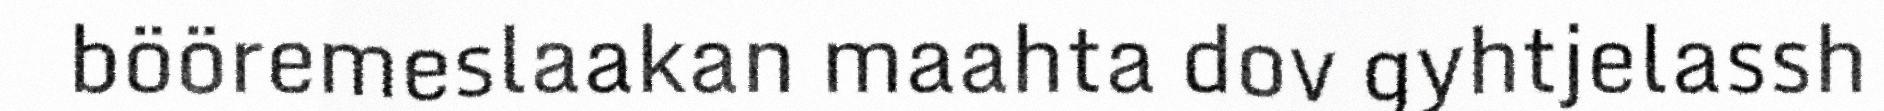
bööremeslaakan maahta dov gyhtjelassh